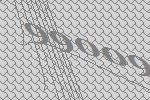
99009